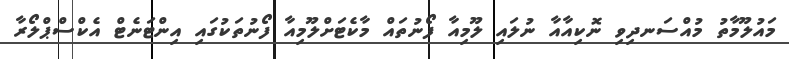
މައުލޫމާތު މުއްސަނދިވި ނޮކިއާއާ ނުލައި ލޫމިއާ ފޯނުތައް މާކެޓަށްލޫމިއާ ފޯނުތަކުގައި އިންޓަނެޓް އެކްސްޕްލޯރާ